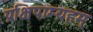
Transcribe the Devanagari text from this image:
प्रक्षिपाम्यहम्